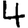
Digit: 4